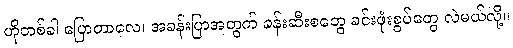
ဟိုတစ်ခါ ပြောတာလေ၊ အခန်းပြာအတွက် ခန်းဆီးစတွေ ခင်းဖုံးစွပ်တွေ လဲမယ်လို့။